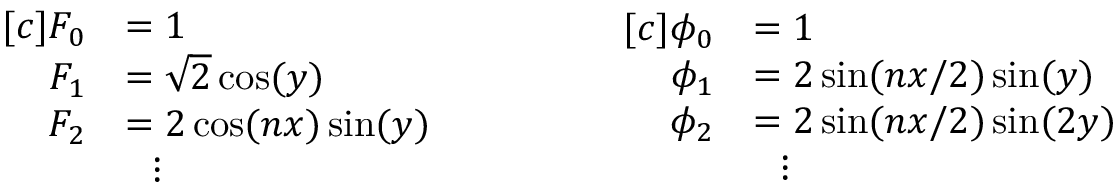
\begin{array} { r l } { [ c ] F _ { 0 } } & { = 1 } \\ { F _ { 1 } } & { = \sqrt { 2 } \cos ( y ) } \\ { F _ { 2 } } & { = 2 \cos ( n x ) \sin ( y ) } \\ & { \ \ \vdots } \end{array} \qquad \qquad \begin{array} { r l } { [ c ] \phi _ { 0 } } & { = 1 } \\ { \phi _ { 1 } } & { = 2 \sin ( n x / 2 ) \sin ( y ) } \\ { \phi _ { 2 } } & { = 2 \sin ( n x / 2 ) \sin ( 2 y ) } \\ & { \ \ \vdots } \end{array}